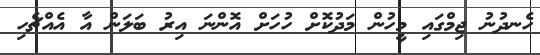
ހެނދުނު ޖިމްގައި މީހުން މަދުކޮށް ހުހަށް އޮންނަ އިރު ބަލަން އާ އެއްޗެހި